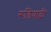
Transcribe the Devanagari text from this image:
रूडिवादी